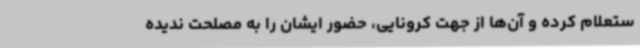
ستعلام کرده و آن‌ها از جهت کرونایی، حضور ایشان را به مصلحت ندیده